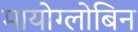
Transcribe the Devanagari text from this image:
मायोग्लोबिन